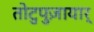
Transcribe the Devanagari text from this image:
तोटुपुज़ायार्